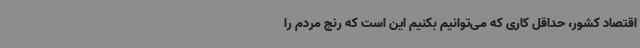
اقتصاد کشور، حداقل کاری که می‌توانیم بکنیم این است که رنج مردم را